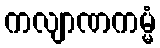
ကလျာဏကမ္မံ